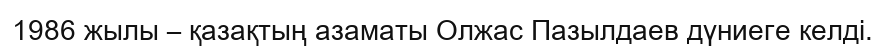
1986 жылы – қазақтың азаматы Олжас Пазылдаев дүниеге келді.